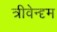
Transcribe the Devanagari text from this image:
त्रीवेन्दृम